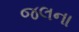
જલના